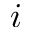
i